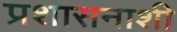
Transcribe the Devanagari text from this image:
प्रशासनाशी